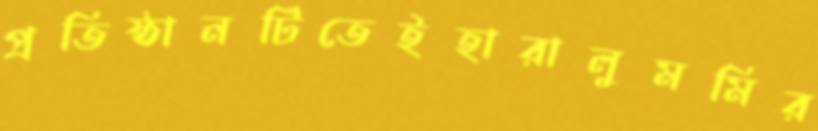
প্রতিষ্ঠানটিতেইহারালুমমির